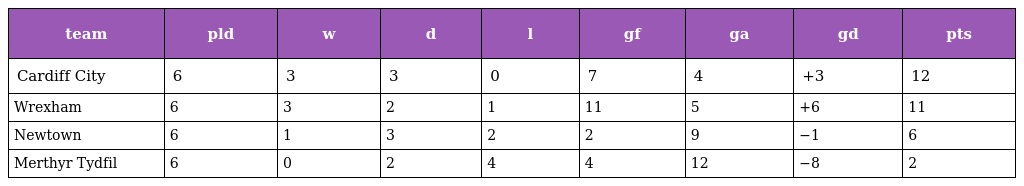
| team | pld | w | d | l | gf | ga | gd | pts |
 | --- | --- | --- | --- | --- | --- | --- | --- | --- |
 | Cardiff City | 6 | 3 | 3 | 0 | 7 | 4 | +3 | 12 |
 | Wrexham | 6 | 3 | 2 | 1 | 11 | 5 | +6 | 11 |
 | Newtown | 6 | 1 | 3 | 2 | 2 | 9 | −1 | 6 |
 | Merthyr Tydfil | 6 | 0 | 2 | 4 | 4 | 12 | −8 | 2 |